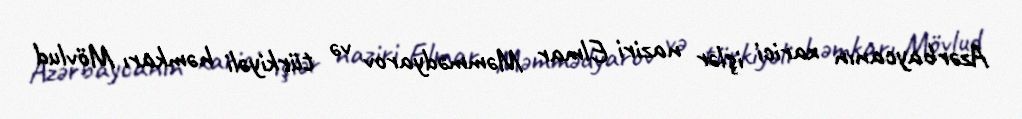
Azərbaycanın xarici işlər naziri Elmar Məmmədyarov və türkiyəli həmkarı Mövlud